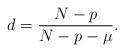
LaTeX: \begin{align*}d=\frac{N-p}{N-p-\mu}.\end{align*}